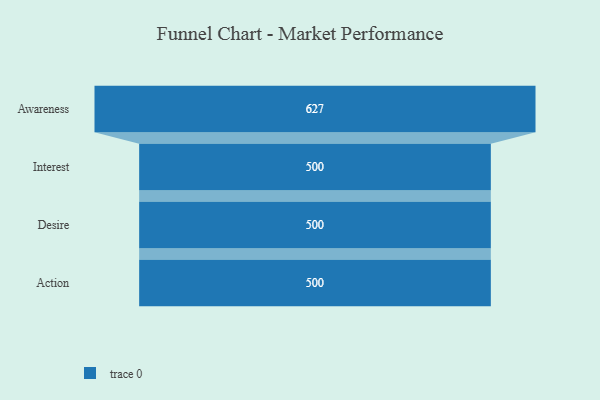
{"axis": {"x": "Stage", "y": "Value"}, "legend": [""], "data": [{"x": "Awareness", "y": 627.0, "type": ""}, {"x": "Interest", "y": 500, "type": ""}, {"x": "Desire", "y": 500, "type": ""}, {"x": "Action", "y": 500, "type": ""}]}